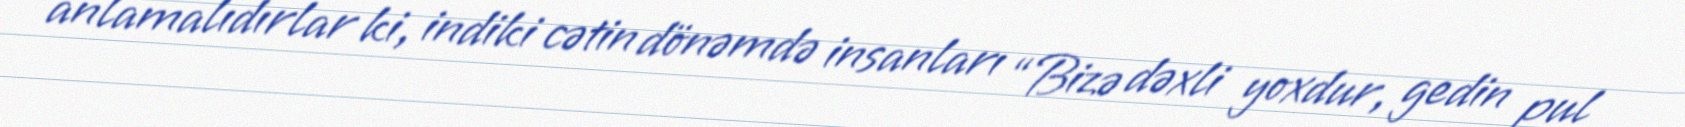
anlamalıdırlar ki, indiki cətin dönəmdə insanları “Bizə dəxli yoxdur, gedin pul